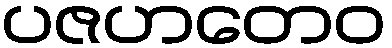
ပဇဟတေဝ